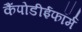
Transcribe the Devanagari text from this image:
कैंपोडीईफॉर्म